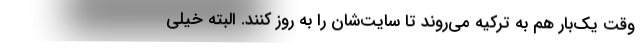
وقت یک‌بار هم به ترکیه می‌روند تا سایت‌شان را به روز کنند. البته خیلی